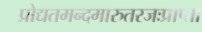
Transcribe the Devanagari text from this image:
प्रोद्यतमन्दमारुतरजःप्राप्ता